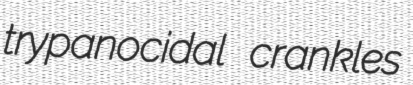
trypanocidal crankles